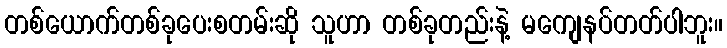
တစ်ယောက်တစ်ခုပေးစတမ်းဆို သူဟာ တစ်ခုတည်းနဲ့ မကျေနပ်တတ်ပါဘူး။